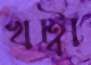
খট্বা